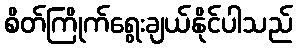
စိတ်ကြိုက်ရွေးချယ်နိုင်ပါသည်